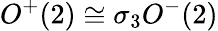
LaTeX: O^{+}(2)\cong\sigma_{3}O^{-}(2)